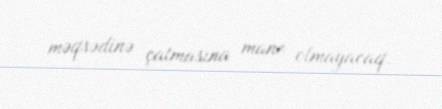
məqsədinə çatmasına mane olmayacaq.